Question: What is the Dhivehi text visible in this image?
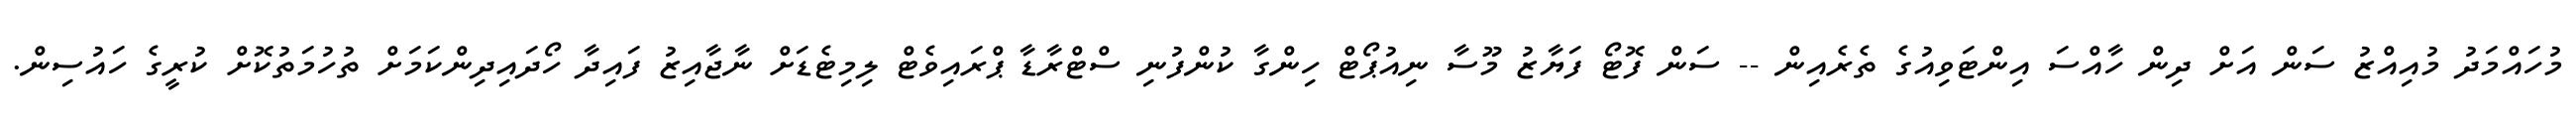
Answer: މުހައްމަދު މުއިއްޒު ސަން އަށް ދިން ހާއްސަ އިންޓަވިއުގެ ތެރެއިން -- ސަން ފޮޓޯ ފަޔާޒު މޫސާ ނިއުޕޯޓް ހިންގާ ކުންފުނި ސްޓްރާޑާ ޕްރައިވެޓް ލިމިޓެޑަށް ނާޖާއިޒު ފައިދާ ހޯދައިދިންކަމަށް ތުހުމަތުކޮށް ކުރީގެ ހައުސިން.